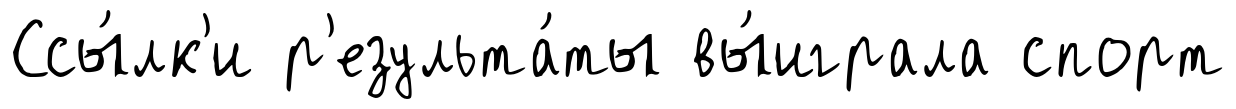
Ссы́лк'и р'езульта́ты вы́играла спорт